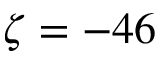
\zeta = - 4 6